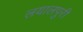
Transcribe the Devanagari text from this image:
लयालपुरी